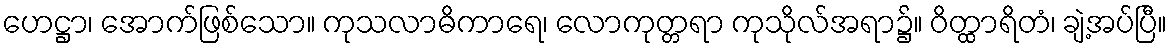
ဟေဋ္ဌာ၊ အောက်ဖြစ်သော။ ကုသလာဓိကာရေ၊ လောကုတ္တရာ ကုသိုလ်အရာ၌။ ဝိတ္ထာရိတံ၊ ချဲ့အပ်ပြီ။